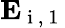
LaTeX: \mathbf{E}_{\mathrm{~i~,~1~}}